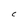
Character: C